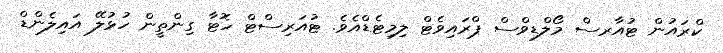
ކްރައުން ޓުއާރސް މޯލްޑިވްސް ޕްރައިވެޓް ލިމިޓެޑްއެވެ. ޓުއަރިސްޓް ހޮޓާ ގިންތީން ހުޅުލޭ އައިލެންޑް